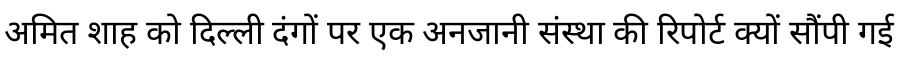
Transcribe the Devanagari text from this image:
अमित शाह को दिल्ली दंगों पर एक अनजानी संस्था की रिपोर्ट क्यों सौंपी गई